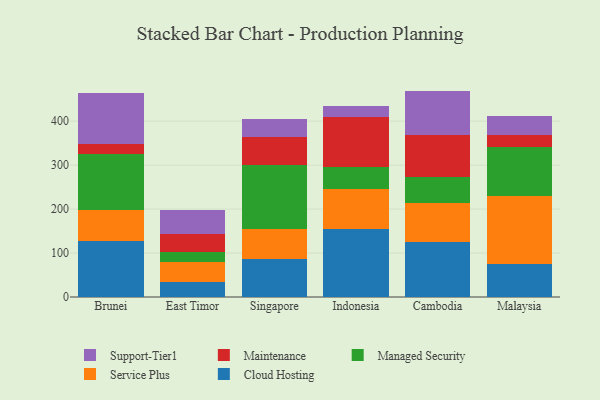
{"axis": {"x": "Country", "y": "Headcount"}, "legend": ["Cloud Hosting", "Maintenance", "Managed Security", "Service Plus", "Support-Tier1"], "data": [{"x": "Brunei", "y": 127.7, "type": "Cloud Hosting"}, {"x": "Brunei", "y": 70.5, "type": "Service Plus"}, {"x": "Brunei", "y": 127.2, "type": "Managed Security"}, {"x": "Brunei", "y": 22.0, "type": "Maintenance"}, {"x": "Brunei", "y": 115.6, "type": "Support-Tier1"}, {"x": "East Timor", "y": 33.3, "type": "Cloud Hosting"}, {"x": "East Timor", "y": 46.9, "type": "Service Plus"}, {"x": "East Timor", "y": 21.9, "type": "Managed Security"}, {"x": "East Timor", "y": 41.7, "type": "Maintenance"}, {"x": "East Timor", "y": 53.7, "type": "Support-Tier1"}, {"x": "Singapore", "y": 85.9, "type": "Cloud Hosting"}, {"x": "Singapore", "y": 67.9, "type": "Service Plus"}, {"x": "Singapore", "y": 146.8, "type": "Managed Security"}, {"x": "Singapore", "y": 62.5, "type": "Maintenance"}, {"x": "Singapore", "y": 41.1, "type": "Support-Tier1"}, {"x": "Indonesia", "y": 154.5, "type": "Cloud Hosting"}, {"x": "Indonesia", "y": 92.0, "type": "Service Plus"}, {"x": "Indonesia", "y": 49.1, "type": "Managed Security"}, {"x": "Indonesia", "y": 113.5, "type": "Maintenance"}, {"x": "Indonesia", "y": 26.4, "type": "Support-Tier1"}, {"x": "Cambodia", "y": 125.4, "type": "Cloud Hosting"}, {"x": "Cambodia", "y": 87.3, "type": "Service Plus"}, {"x": "Cambodia", "y": 61.2, "type": "Managed Security"}, {"x": "Cambodia", "y": 94.5, "type": "Maintenance"}, {"x": "Cambodia", "y": 100.5, "type": "Support-Tier1"}, {"x": "Malaysia", "y": 76.2, "type": "Cloud Hosting"}, {"x": "Malaysia", "y": 153.8, "type": "Service Plus"}, {"x": "Malaysia", "y": 111.0, "type": "Managed Security"}, {"x": "Malaysia", "y": 28.2, "type": "Maintenance"}, {"x": "Malaysia", "y": 42.2, "type": "Support-Tier1"}]}